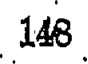
148